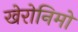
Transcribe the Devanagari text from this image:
खेरोनिमो